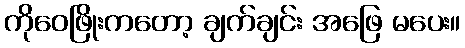
ကိုဝေဖြိုးကတော့ ချက်ချင်း အဖြေ မပေး။